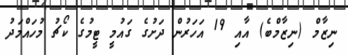
ނިޒާމް (ނިޒާމްބެ) އާއި 19 އަހަރުން ދަށުގެ ގައުމީ ޓީމުގެ ކޯޗު މުހައްމަދު